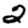
Digit: 2